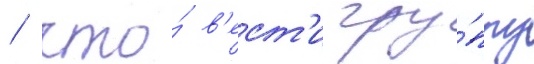
/ что́ в'ест'и гру́ппу